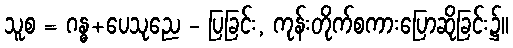
သူစ = ဂန္ဓ+ပေသုညေ - ပြခြင်း, ကုန်းတိုက်စကားပြောဆိုခြင်း၌။